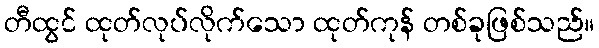
တီထွင် ထုတ်လုပ်လိုက်သော ထုတ်ကုန် တစ်ခုဖြစ်သည်။